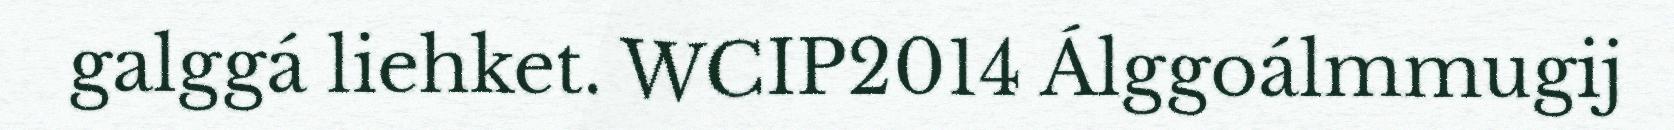
galggá liehket. WCIP2014 Álggoálmmugij